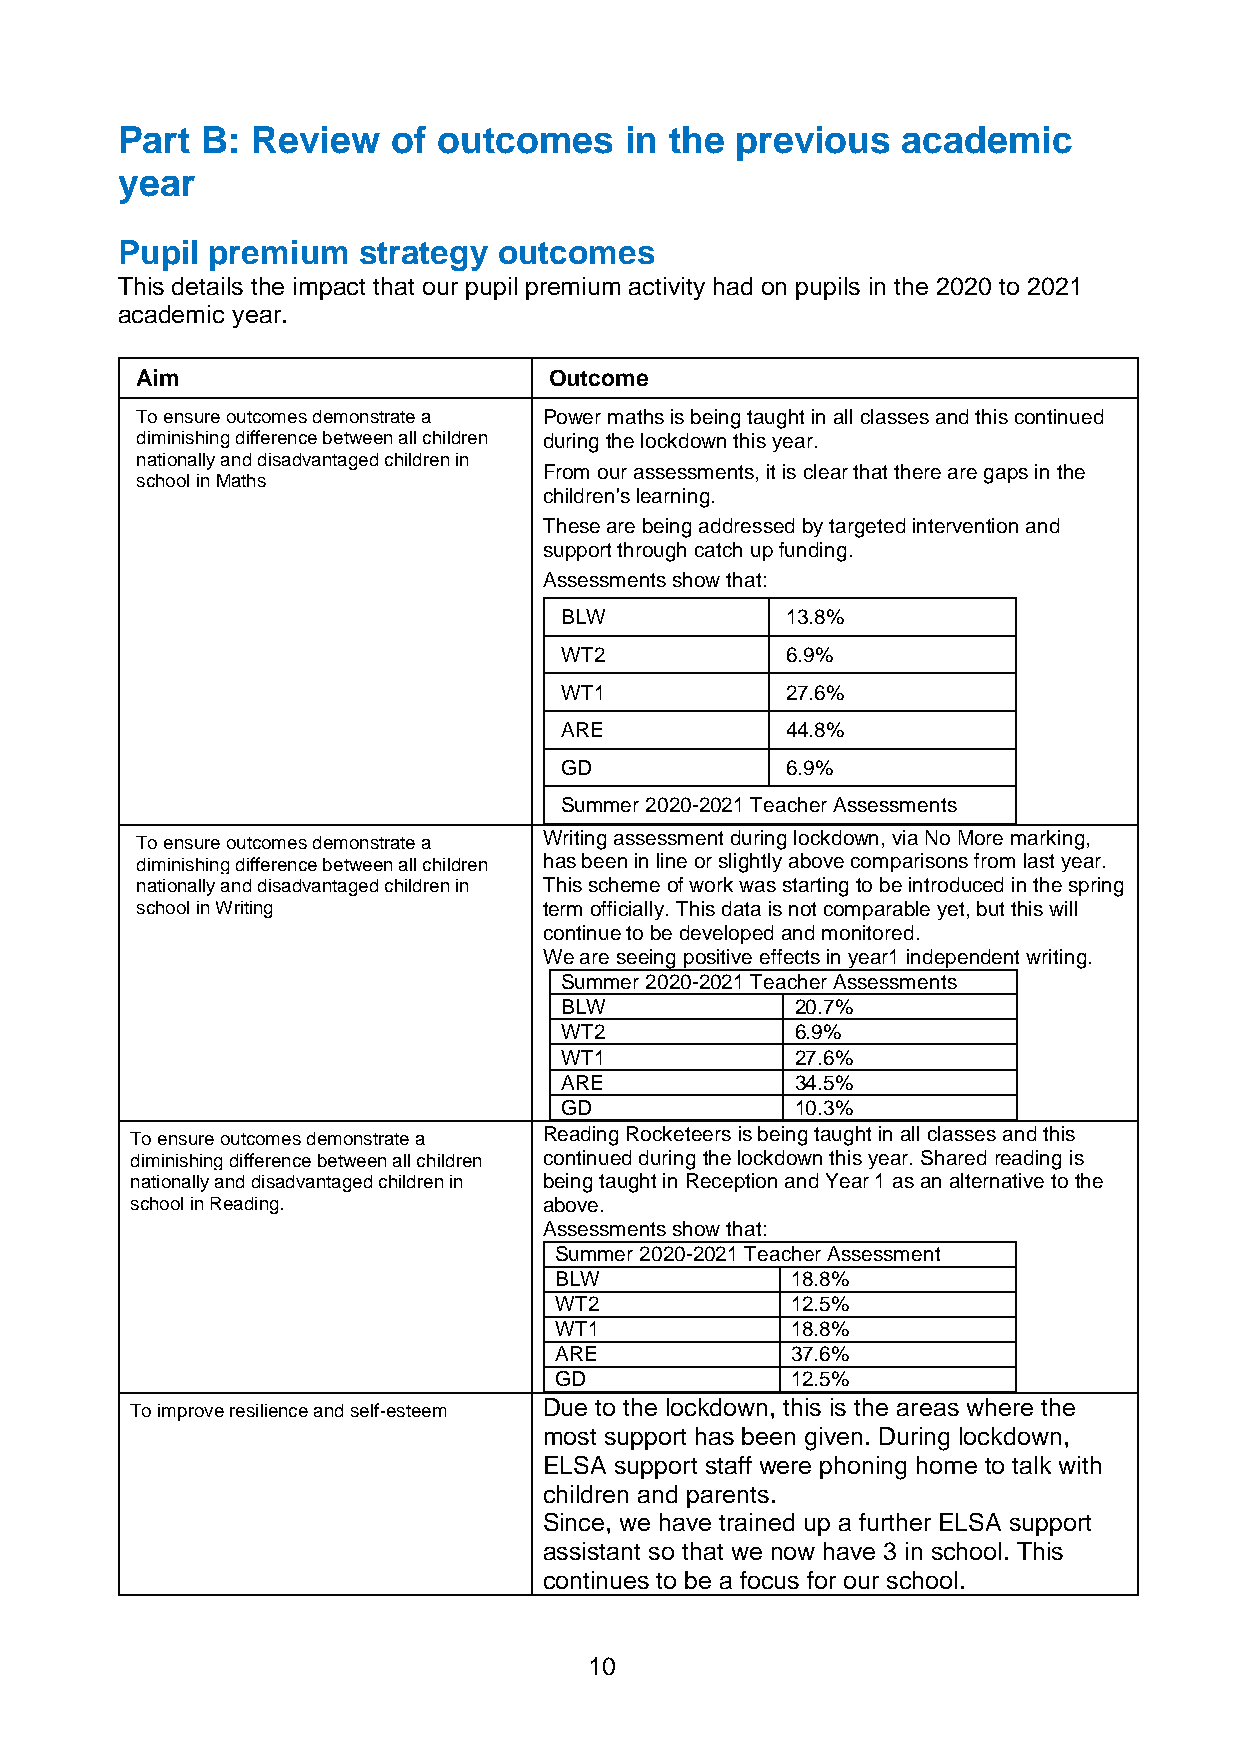
Part B:  Review   of outcomes    in the  previous   academic
 year
 Pupil premium   strategy outcomes
 This details the impact that our pupil premium activity had on pupils in the 2020 to 2021
 academic year.
 Aim                        Outcome
 To ensure outcomes demonstrate a Power maths is being taught in all classes and this continued
 diminishing difference between all children during the lockdown this year.
 nationally and disadvantaged children in
 school in Maths
 From our assessments, it is clear that there are gaps in the
 children's learning.
 These are being addressed by targeted intervention and
 support through catch up funding.
 Assessments show that:
 BLW            13.8%
 WT2            6.9%
 WT1            27.6%
 ARE            44.8%
 GD             6.9%
 Summer 2020-2021 Teacher Assessments
 To ensure outcomes demonstrate a Writing assessment during lockdown, via No More marking,
 diminishing difference between all children has been in line or slightly above comparisons from last year.
 nationally and disadvantaged children in This scheme of work was starting to be introduced in the spring
 school in Writing          term officially. This data is not comparable yet, but this will
 continue to be developed and monitored.
 We are seeing positive effects in year1 independent writing.
 Summer 2020-2021 Teacher Assessments
 BLW             20.7%
 WT2             6.9%
 WT1             27.6%
 ARE             34.5%
 GD              10.3%
 To ensure outcomes demonstrate a Reading Rocketeers is being taught in all classes and this
 diminishing difference between all children continued during the lockdown this year. Shared reading is
 nationally and disadvantaged children in being taught in Reception and Year 1 as an alternative to the
 school in Reading.         above.
 Assessments show that:
 Summer 2020-2021 Teacher Assessment
 BLW            18.8%
 WT2            12.5%
 WT1            18.8%
 ARE            37.6%
 GD             12.5%
 To improve resilience and self-esteem Due to the lockdown, this is the areas where the
 most support has been given. During lockdown,
 ELSA support staff were phoning home to talk with
 children and parents.
 Since, we have trained up a further ELSA support
 assistant so that we now have 3 in school. This
 continues to be a focus for our school.
 10